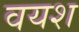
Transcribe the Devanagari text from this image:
वयश